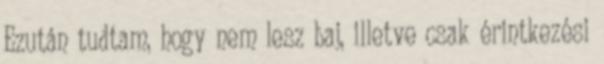
Ezután tudtam, hogy nem lesz baj, illetve csak érintkezési